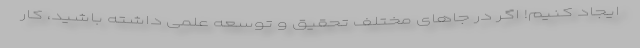
ایجاد کنیم! اگر در جا‌های مختلف تحقیق و توسعه علمی داشته باشید، کار